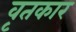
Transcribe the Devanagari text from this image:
वृतकार